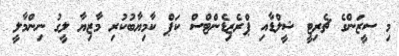
މި ސީޒަންގެ ޗެރިޓީ ޝީލްޑާއި ޕްރެޒިޑެންޓްސް ކަޕް ކާމިޔާބުކުރި މާޒިޔާ ލީގު ނިންމާލީ